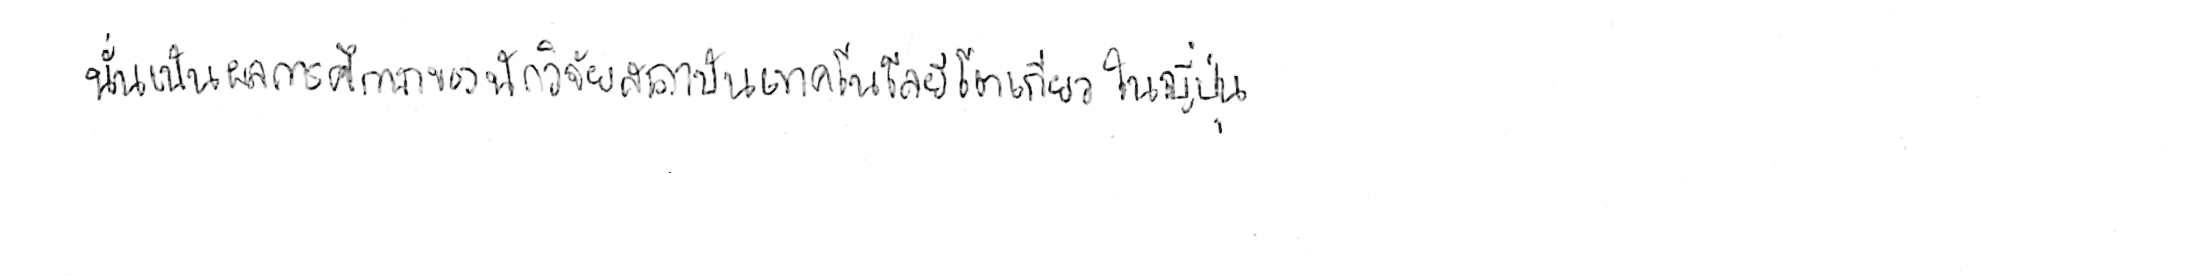
นั่นเป็นผลการศึกษาของนักวิจัยสถาบันเทคโนโลยีโตเกียว ในญี่ปุ่น